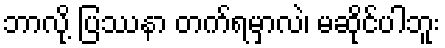
ဘာလို့ ပြဿနာ တက်ရမှာလဲ၊ မဆိုင်ပါဘူး